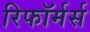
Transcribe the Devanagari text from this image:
रिफॉर्मर्स